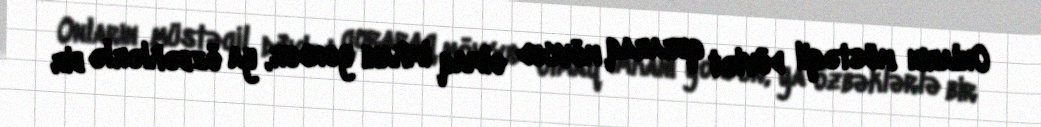
Onların müstəqil dövlət quraraq mövcud olmaq imkanı yoxdur, ya özbəklərlə bir